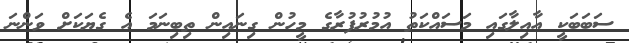
ސަބަބަކީ އާއިލާގައި މަސައްކަތު އުމުރުފުރާގެ މީހުން ގިނައިން ތިބިނަމަ އެ ގެޔަކަށް ވަންނަ